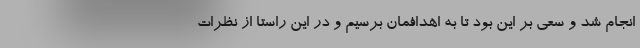
انجام شد و سعی بر این بود تا به اهدافمان برسیم و در این راستا از نظرات